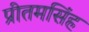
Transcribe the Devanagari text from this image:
प्रीतमसिंह